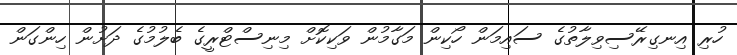
ހުރި އިނގިރޭސިވިލާތުގެ ސައިމަން ހޯކިން މަގާމުން ވަކިކޮށް މިނިސްޓްރީގެ ބެލުމުގެ ދަށުން ހިންގަން